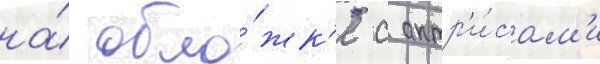
на́ обло́жк'е с актр'и́сам'и